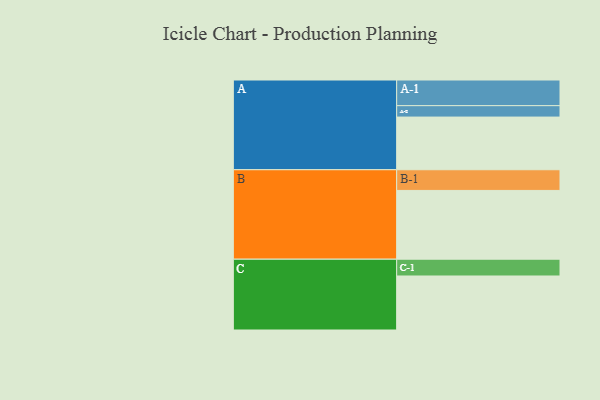
{"axis": {"x": "Segment", "y": "Value"}, "legend": ["", "A", "B", "C"], "data": [{"x": "A", "y": 392, "type": ""}, {"x": "B", "y": 512, "type": ""}, {"x": "C", "y": 402, "type": ""}, {"x": "A-1", "y": 191, "type": "A"}, {"x": "A-2", "y": 85, "type": "A"}, {"x": "B-1", "y": 154, "type": "B"}, {"x": "C-1", "y": 125, "type": "C"}]}